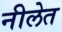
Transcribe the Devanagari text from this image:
नीलेत